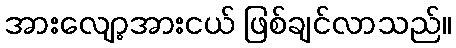
အားလျော့အားငယ် ဖြစ်ချင်လာသည်။